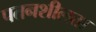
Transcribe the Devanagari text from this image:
पतनशीलता